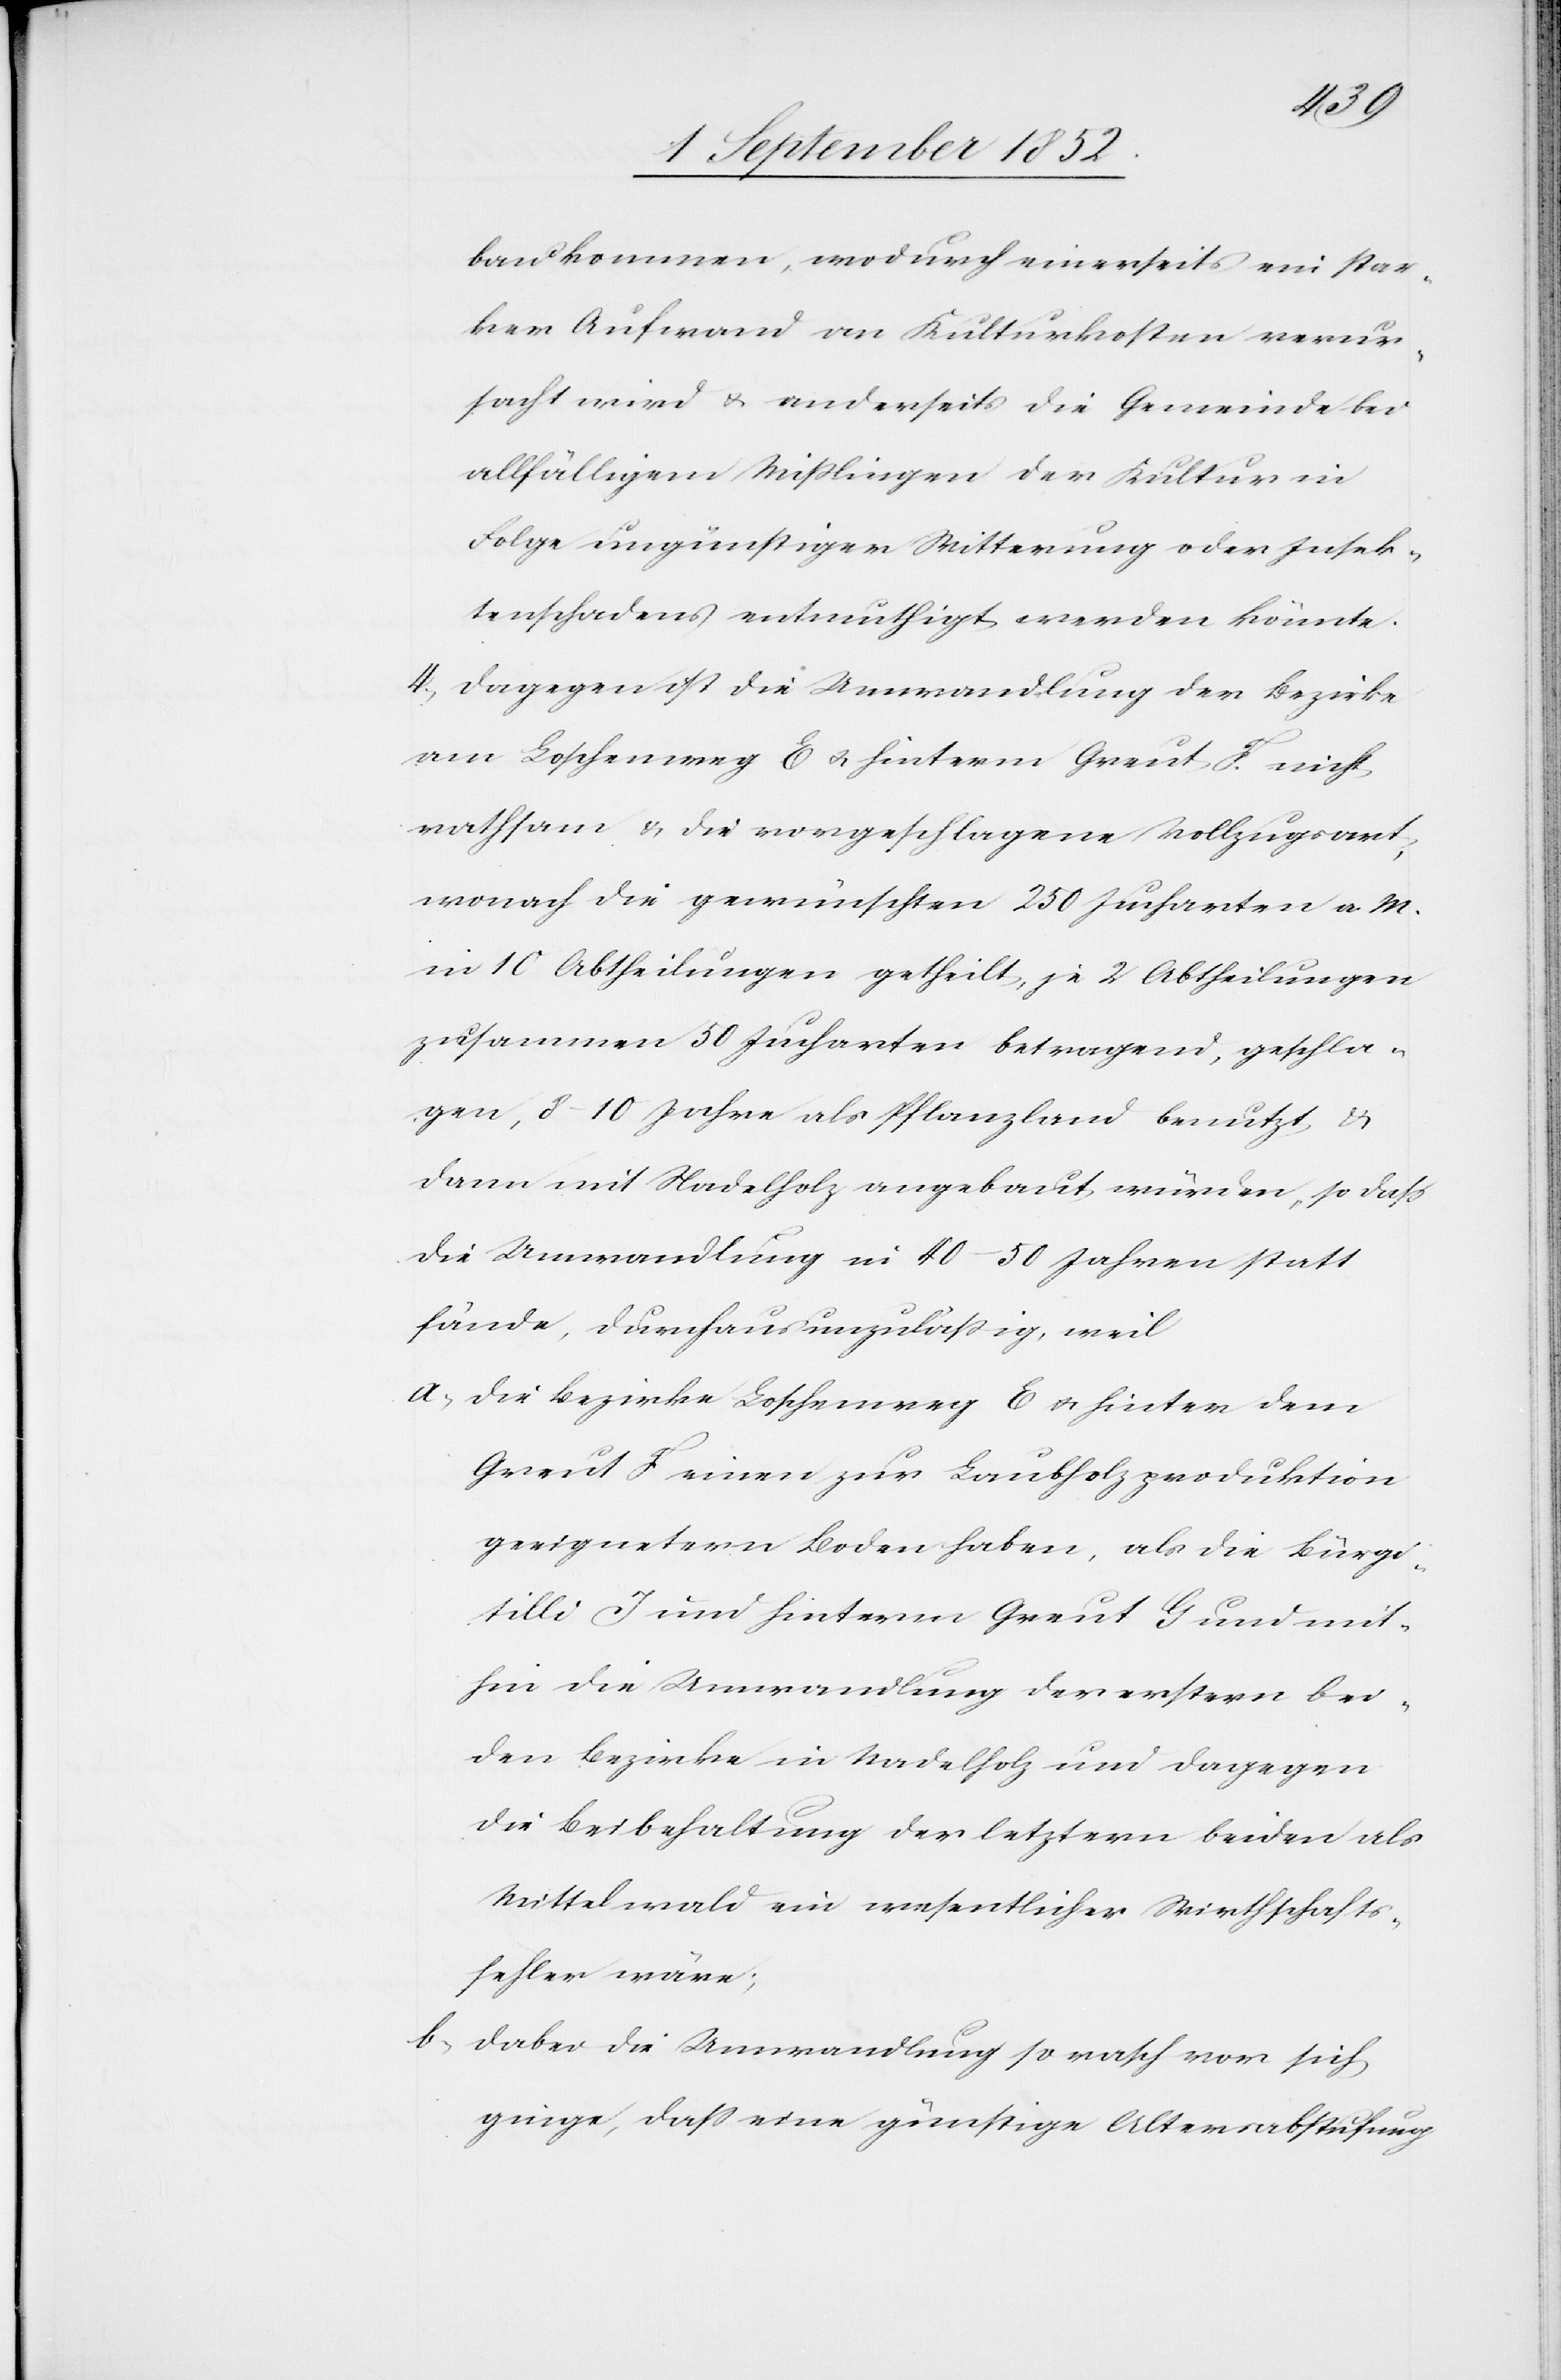
bau kommen, wodurch einerseits ein star¬
ker Aufwand an Kulturkosten verur¬
sacht wird & anderseits die Gemeinde bei
allfälligem Mißlingen der Kultur in
Folge ungünstiger Witterung oder Insek¬
tenschadens entmuthigt werden könnte.
4, Dagegen ist die Umwandlung der Bezirke
am Loschenweg E & hinterm Greut F. nicht
rathsam & die vorgeschlagene Vollzugsart,
wonach die gewünschten 250 Jucharten a. M.
in 10 Abtheilungen getheilt je 2 Abtheilungen
zusammen 50 Jucharten betragend, geschla¬
gen, 8–10 Jahre als Pflanzland benutzt &
dann mit Nadelholz angebaut würden, so dass
die Umwandlung in 40–50 Jahren statt
fände, durchaus unzuläßig, weil
die Bezirke Loschenweg E & hinter dem
Greut F einen zur Laubholzproduktion
geeignetern Boden haben, als die Bürgi¬
tilli J und hinterm Greut G und mit¬
hin die Umwandlung der erstern bei¬
den Bezirke in Nadelholz und dagegen
die Beibehaltung der letztern beiden als
Mittelwald ein wesentlicher Wirthschafts¬
fehler wäre;
dabei die Umwandlung so rasch vor sich
ginge, dass eine günstige Altersabstufung